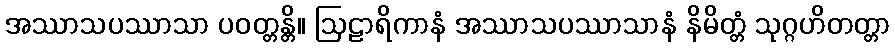
အဿာသပဿာသာ ပဝတ္တန္တိ။ ဩဠာရိကာနံ အဿာသပဿာသာနံ နိမိတ္တံ သုဂ္ဂဟိတတ္တာ